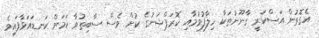
އެގޮތުން އަސްކަރީ ގާނޫނުތަކާ ހިލާފުވުމާއި ކޮރަޕްޝަނުގެ ކުށް ވެސް ސާބިތުވާ ކަމަށް ކަނޑައަޅާފައިވެ